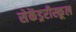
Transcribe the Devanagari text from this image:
सेकेंड्ररीस्कूल